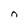
Character: n